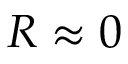
R \approx 0